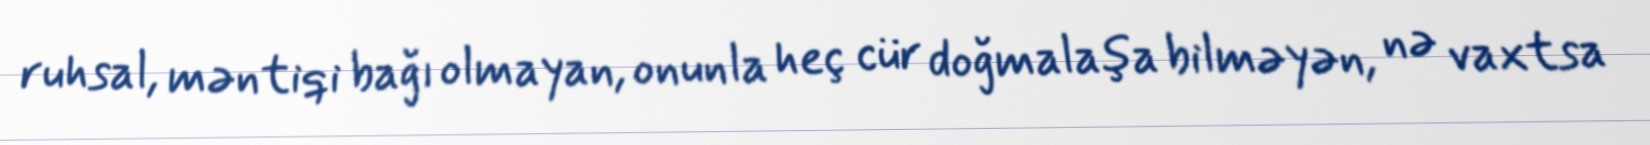
ruhsal, məntiqi bağı olmayan, onunla heç cür doğmalaşa bilməyən, nə vaxtsa